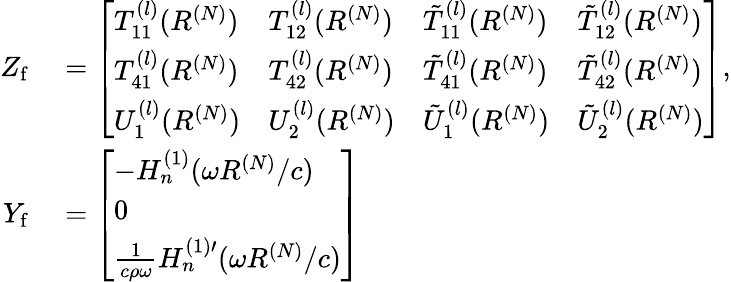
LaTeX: \begin{array}{rl}{Z_{\mathrm{f}}}&{{}=\left[\begin{array}{llll}{T_{11}^{(l)}(R^{(N)})}&{T_{12}^{(l)}(R^{(N)})}&{\tilde{T}_{11}^{(l)}(R^{(N)})}&{\tilde{T}_{12}^{(l)}(R^{(N)})}\\ {T_{41}^{(l)}(R^{(N)})}&{T_{42}^{(l)}(R^{(N)})}&{\tilde{T}_{41}^{(l)}(R^{(N)})}&{\tilde{T}_{42}^{(l)}(R^{(N)})}\\ {U_{1}^{(l)}(R^{(N)})}&{U_{2}^{(l)}(R^{(N)})}&{\tilde{U}_{1}^{(l)}(R^{(N)})}&{\tilde{U}_{2}^{(l)}(R^{(N)})}\end{array}\right],}\\ {Y_{\mathrm{f}}}&{{}=\left[\begin{array}{l}{-H_{n}^{(1)}(\omega R^{(N)}/c)}\\ {0}\\ {\frac{1}{c\rho\omega}H_{n}^{(1)\prime}(\omega R^{(N)}/c)}\end{array}\right]}\end{array}